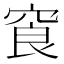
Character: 䆡